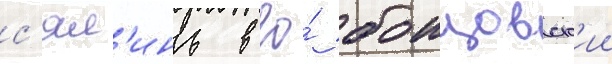
с'ял'инь в ео́ боицовск'ии